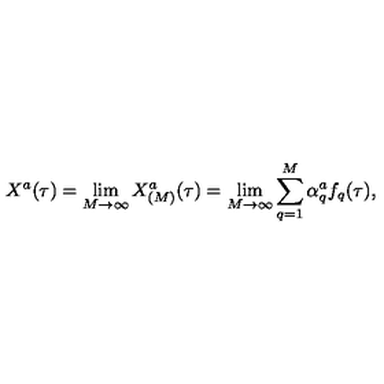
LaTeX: X ^ { a } ( \tau ) = \lim _ { M \rightarrow \infty } X _ { ( M ) } ^ { a } ( \tau ) = \lim _ { M \rightarrow \infty } \sum _ { q = 1 } ^ { M } \alpha _ { q } ^ { a } f _ { q } ( \tau ) ,